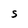
Character: S